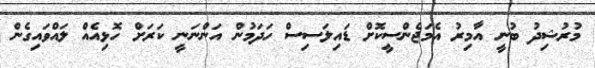
މުރުޝިދު ބުނީ އާމިރު އެމަޖެންސީކޮށް ޑައިލަސިސް ހަދަމުން އަންނަނީ ކަރަށް ހޮޅިއެއް ލައްވައިގެން